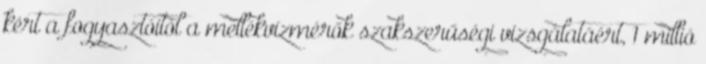
kért a fogyasztóitól a mellékvízmérők szakszerűségi vizsgálatáért, 1 millió